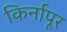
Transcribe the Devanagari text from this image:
किर्नापूर